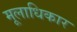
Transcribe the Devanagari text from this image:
मूलाधिकार